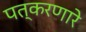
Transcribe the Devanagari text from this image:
पत्करणारे